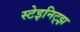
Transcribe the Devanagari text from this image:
स्टेइनिट्झ